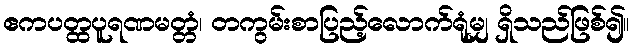
ဧကပတ္ထပူရဏမတ္တံ၊ တကွမ်းစာပြည့်လောက်ရုံမျှ ရှိသည်ဖြစ်၍။